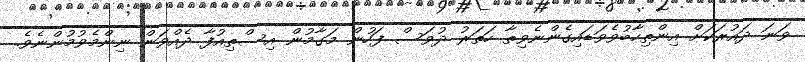
ވަނަ ދައުރަކަށް އިންތިހާބުވެވަޑައިގެންނެވިތާ ހަތަރު ދުވަސް ފަހުން މަގާމުން އިސްތިއުފާ ދެއްވަން ނިންމެވުމުންނެވެ.